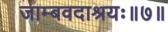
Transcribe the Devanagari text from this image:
जाम्बवदाश्रयः॥७॥